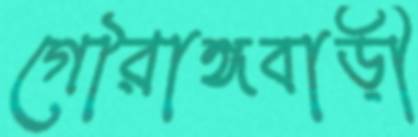
গৌরাঙ্গবাড়ী